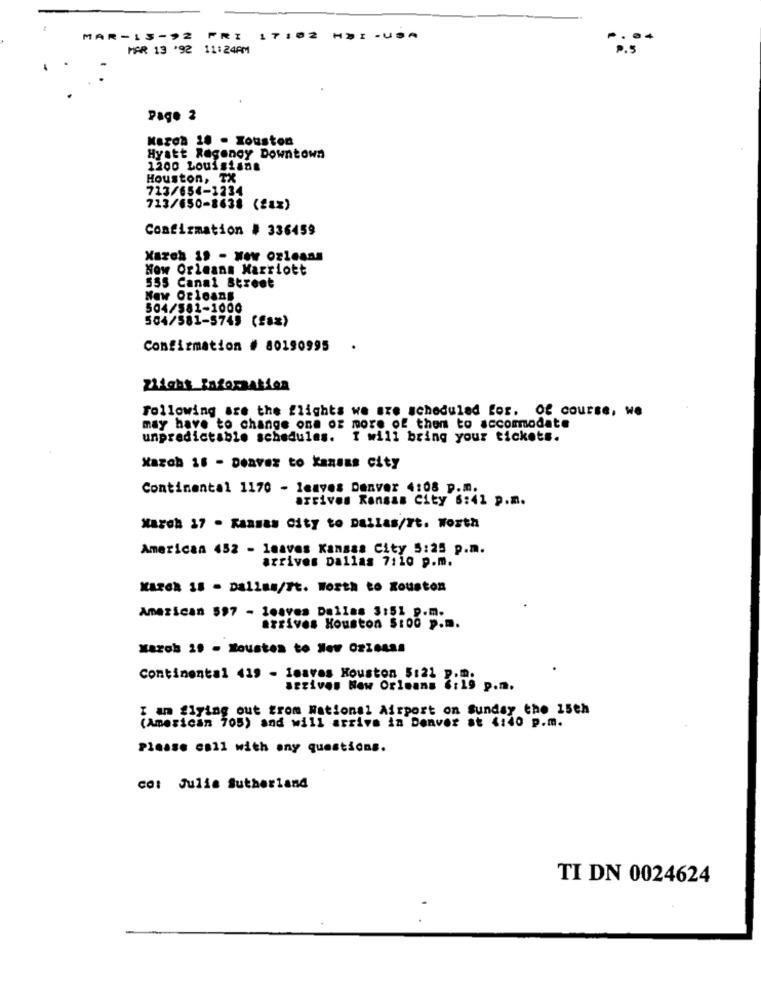
MAR-13-92
FRI 17:02 HDI -USA
MAR 13 '92 11:24PM
Page 2
Mazon 10 - Zouston
Hyatt Regency Downtown
1200 Louisiana
Houston, TX
723/654-1234
713/650-8638 (faz)
Confirmation # 336459
Xarch 19 - New orleans
Now Orleans Marriott
555 Canal Street
504/581-1000
504/581-5749 (f ** )
Confirmation # 80190995
zRight Information
Following are the flights we are scheduled for. Of course, we
may have to change one or more of them to accommodate
unpredictable schedules. I will bring your tickets.
Kazah 16 - Deavez to kansas city
Continental 1170 - leaves Denver 4:08 p.m.
arrives Kansas City 6:41 p.m.
March 17 - Kansas City to Dallas/Ft. Worth
American 452 - leaves Kansas City 5:25 p.m.
arrives Dallas 7:10 p.m.
KAREN 18 - Dallas/ft. Worth to Kouston
American 597 - leaves Dallas 3:51 p.m.
azrives Houston $:00 p.m.
March 19 - Roustes to Hev OzZeass
Continental 419 - 1navas Houston 5:21 p.m.
arrives New Orleans $:19 p.m.
I am flying out from National Airport on Sunday the 15th
(American 705) and will arrive in Denver st 6:40 p.m.
Please call with any questions.
cat Julia Sutherland
TI DN 0024624